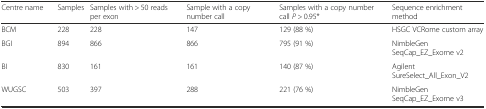
<table><thead><tr><td><b>Centre name</b></td><td><b>Samples</b></td><td><b>Samples with &gt; 50 reads per exon</b></td><td><b>Sample with a copy number call</b></td><td><b>Samples with a copy number call <i>P</i> &gt; 0.95*</b></td><td><b>Sequence enrichment method</b></td></tr></thead><tbody><tr><td>BCM</td><td>228</td><td>228</td><td>147</td><td>129 (88 %)</td><td>HSGC VCRome custom array</td></tr><tr><td>BGI</td><td>894</td><td>866</td><td>866</td><td>795 (91 %)</td><td>NimbleGen SeqCap_EZ_Exome v2</td></tr><tr><td>BI</td><td>830</td><td>161</td><td>161</td><td>140 (87 %)</td><td>Agilent SureSelect_All_Exon_V2</td></tr><tr><td>WUGSC</td><td>503</td><td>397</td><td>288</td><td>221 (76 %)</td><td>NimbleGen SeqCap_EZ_Exome v3</td></tr></tbody></table>